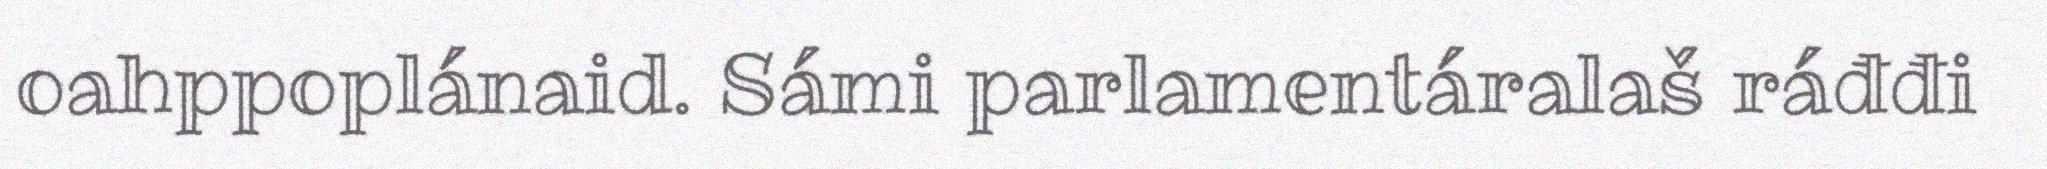
oahppoplánaid. Sámi parlamentáralaš ráđđi